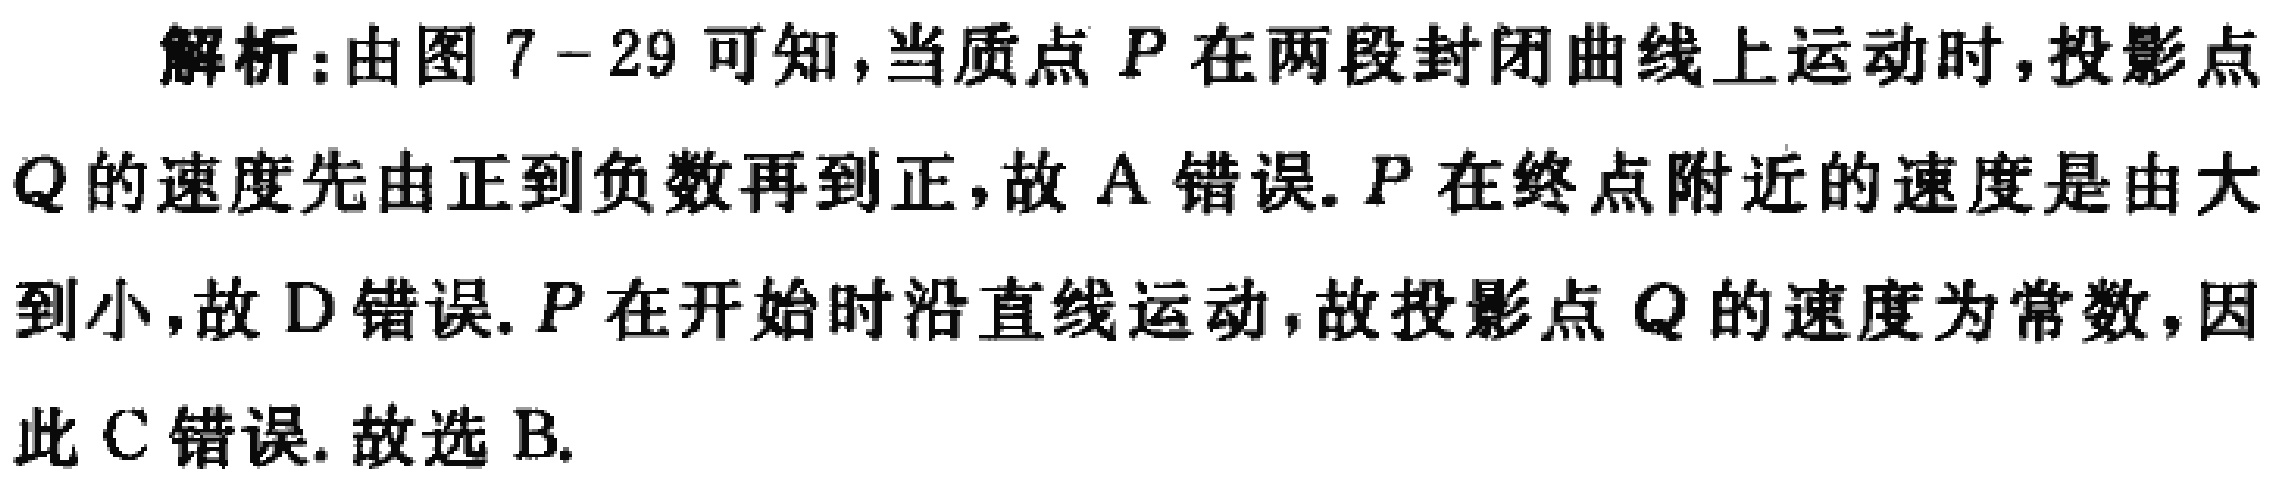
解析:由图 7 - 29 可知,当质点 \(P\) 在两段封闭曲线上运动时,投影点
\(Q\) 的速度先由正到负数再到正,故 \(A\) 错误. \(P\) 在终点附近的速度是由大
到小,故 \(D\) 错误. \(P\) 在开始时沿直线运动,故投影点 \(Q\) 的速度为常数,因
此 \(C\) 错误. 故选 \(B\).